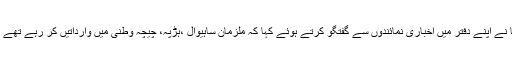
منگل کو ڈسٹرکٹ پولیس آفسیر محمد باقر رضا نے اپنے دفتر میں اخباری نمائندوں سے گفتگو کرتے ہوئے کہا کہ ملزمان ساہیوال ،ہڑپہ، چیچہ وطنی میں وارداتیں کر رہے تھے اور پولیس کو کافی عرصہ سے مطلوب تھے ۔